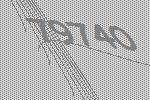
79740